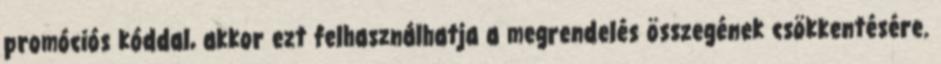
promóciós kóddal, akkor ezt felhasználhatja a megrendelés összegének csökkentésére.